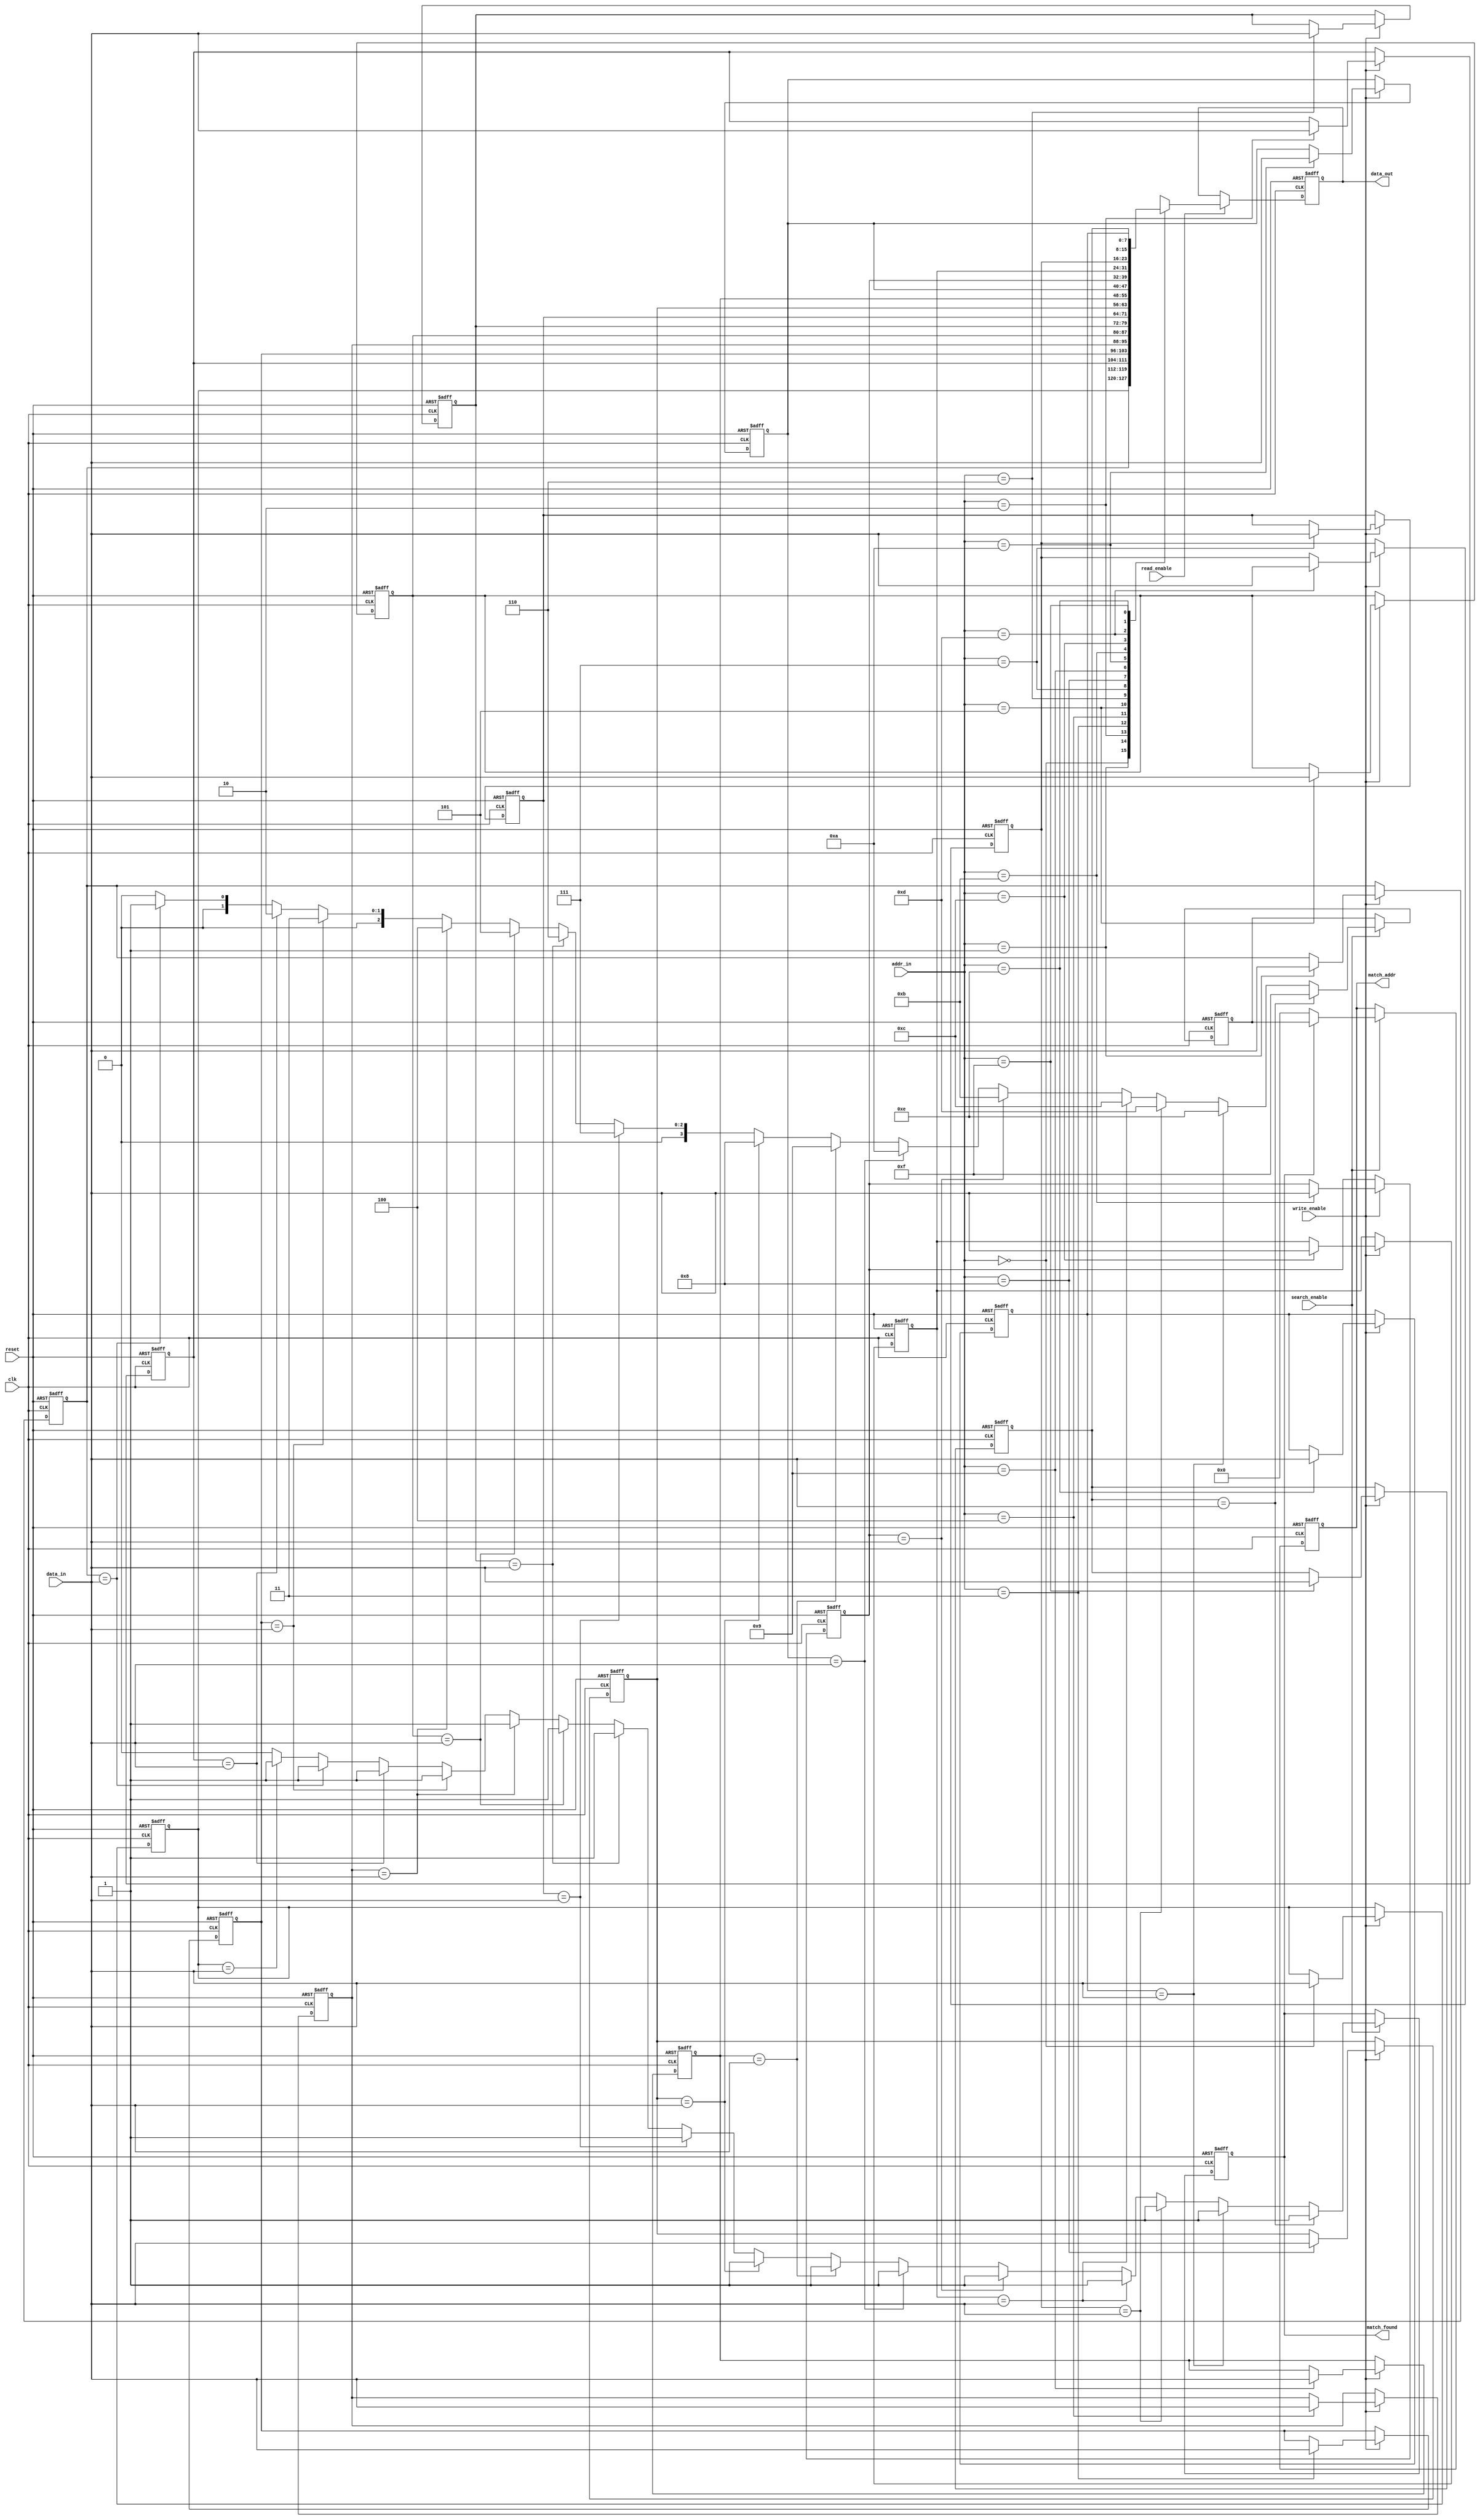
module bcam_io_block #(
    parameter DATA_WIDTH = 8,   // Width of the data bus
    parameter ADDR_WIDTH = 4     // Width of the address bus
)(
    input wire clk,                      // Clock signal
    input wire reset,                    // Reset signal
    input wire [DATA_WIDTH-1:0] data_in, // Data input
    input wire [ADDR_WIDTH-1:0] addr_in, // Address input for read
    input wire write_enable,             // Write control signal
    input wire read_enable,              // Read control signal
    input wire search_enable,            // Search control signal
    output reg [DATA_WIDTH-1:0] data_out, // Data output for read
    output reg [ADDR_WIDTH-1:0] match_addr, // Output matched address
    output reg match_found               // Match found indicator
);

    // Internal registers
    reg [DATA_WIDTH-1:0] memory [0:(1 << ADDR_WIDTH)-1]; // BCAM memory
    reg [ADDR_WIDTH-1:0] match_address_reg; // For storing matched address
    integer i;

    // Reset logic
    always @(posedge clk or posedge reset) begin
        if (reset) begin
            // Clear memory and output registers
            for (i = 0; i < (1 << ADDR_WIDTH); i = i + 1) begin
                memory[i] <= {DATA_WIDTH{1'b0}};
            end
            data_out <= {DATA_WIDTH{1'b0}};
            match_addr <= {ADDR_WIDTH{1'b0}};
            match_found <= 1'b0;
            match_address_reg <= {ADDR_WIDTH{1'b0}};
        end
        else begin
            // Write operation
            if (write_enable) begin
                // Store input data in the specified address
                memory[addr_in] <= data_in;
            end
            
            // Read operation
            if (read_enable) begin
                // Output data at the specified address
                data_out <= memory[addr_in];
            end
            
            // Search operation
            if (search_enable) begin
                match_found <= 1'b0; // Reset match found flag
                match_address_reg <= {ADDR_WIDTH{1'b0}}; // Reset match address
                // Search through memory
                for (i = 0; i < (1 << ADDR_WIDTH); i = i + 1) begin
                    if (memory[i] == data_in) begin
                        match_found <= 1'b1; // A match was found
                        match_address_reg <= i; // Store the matched address
                    end
                end
                if (match_found) begin
                    match_addr <= match_address_reg; // Output matched address
                end else begin
                    match_addr <= {ADDR_WIDTH{1'b0}}; // No match found
                end
            end
        end
    end

endmodule